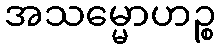
အသမ္မောဟဉ္စ